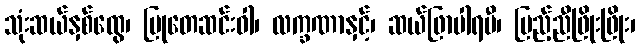
သုံးဆယ်နှစ်ထွေ၊ မြုတေဆင်းဝါ၊ လက္ခဏာနှင့်၊ ဆယ်ဖြာပါရမီ၊ ပြည့်ညီဖြိုးဖြိုး၊